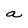
Character: a